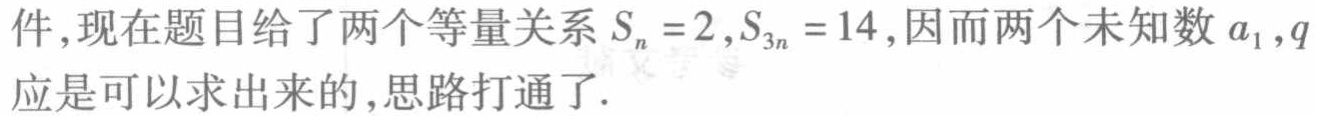
件,现在题目给了两个等量关系 \(S_{n}=2,S_{3n}=14\),因而两个未知数 \(a_{1},q\)应是可以求出来的,思路打通了.